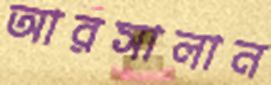
আরসালান